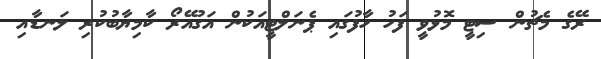
ރޭގެ މެޗުން ސިޓީ މޮޅުވީ ފަހު ހާފުގައި ޕެނަލްޓީއަކުން އަގުއޭރޯ ކާމިޔާބުކުރި ލަނޑާއި